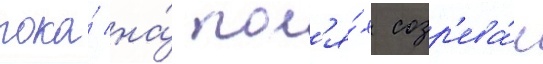
пока́ на́ пол'я́х созр'ева́л